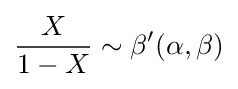
{\frac {X}{1-X}}\sim \beta '(\alpha ,\beta )